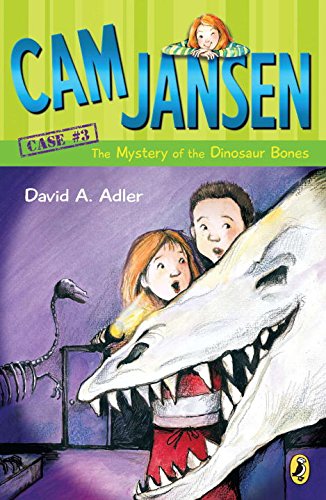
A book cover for Cam Jansen:  The Mystery of the Dinosaur Bones (Cam Jansen); David A. Adler; Children's Books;